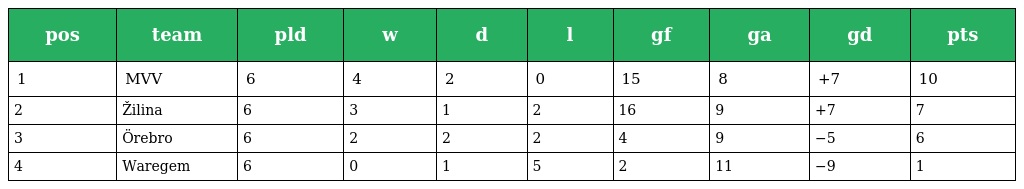
| pos | team | pld | w | d | l | gf | ga | gd | pts |
 | --- | --- | --- | --- | --- | --- | --- | --- | --- | --- |
 | 1 | MVV | 6 | 4 | 2 | 0 | 15 | 8 | +7 | 10 |
 | 2 | Žilina | 6 | 3 | 1 | 2 | 16 | 9 | +7 | 7 |
 | 3 | Örebro | 6 | 2 | 2 | 2 | 4 | 9 | −5 | 6 |
 | 4 | Waregem | 6 | 0 | 1 | 5 | 2 | 11 | −9 | 1 |